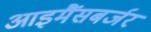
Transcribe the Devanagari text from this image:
आइमैंसबर्जर